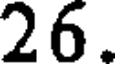
26.